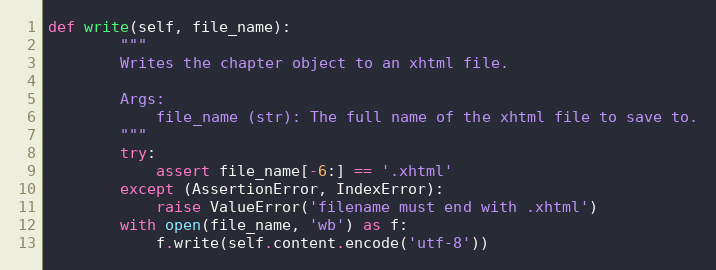
Language: Python
def write(self, file_name):
        """
        Writes the chapter object to an xhtml file.

        Args:
            file_name (str): The full name of the xhtml file to save to.
        """
        try:
            assert file_name[-6:] == '.xhtml'
        except (AssertionError, IndexError):
            raise ValueError('filename must end with .xhtml')
        with open(file_name, 'wb') as f:
            f.write(self.content.encode('utf-8'))